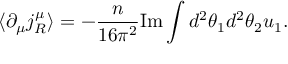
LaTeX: \langle \partial _ { \mu } j _ { R } ^ { \mu } \rangle = - \frac { n } { 1 6 \pi ^ { 2 } } \mathrm { I m } \int d ^ { 2 } \theta _ { 1 } d ^ { 2 } \theta _ { 2 } u _ { 1 } .